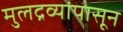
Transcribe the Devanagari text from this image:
मुलद्रव्यांपासून